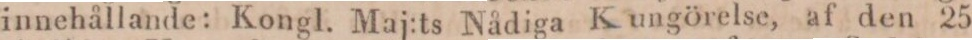
innehållande: Kongl. Maj:ts Nådiga Kungörelse, af den 25